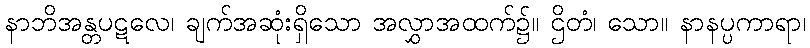
နာဘိအန္တပဋလေ၊ ချက်အဆုံးရှိသော အလွှာအထက်၌။ ဌိတံ၊ သော။ နာနပ္ပကာရာ၊